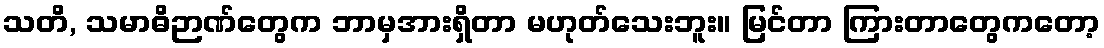
သတိ, သမာဓိဉာဏ်တွေက ဘာမှအားရှိတာ မဟုတ်သေးဘူး။ မြင်တာ ကြားတာတွေကတော့